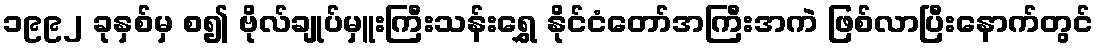
၁၉၉၂ ခုနှစ်မှ စ၍ ဗိုလ်ချုပ်မှူးကြီးသန်းရွှေ နိုင်ငံတော်အကြီးအကဲ ဖြစ်လာပြီးနောက်တွင်